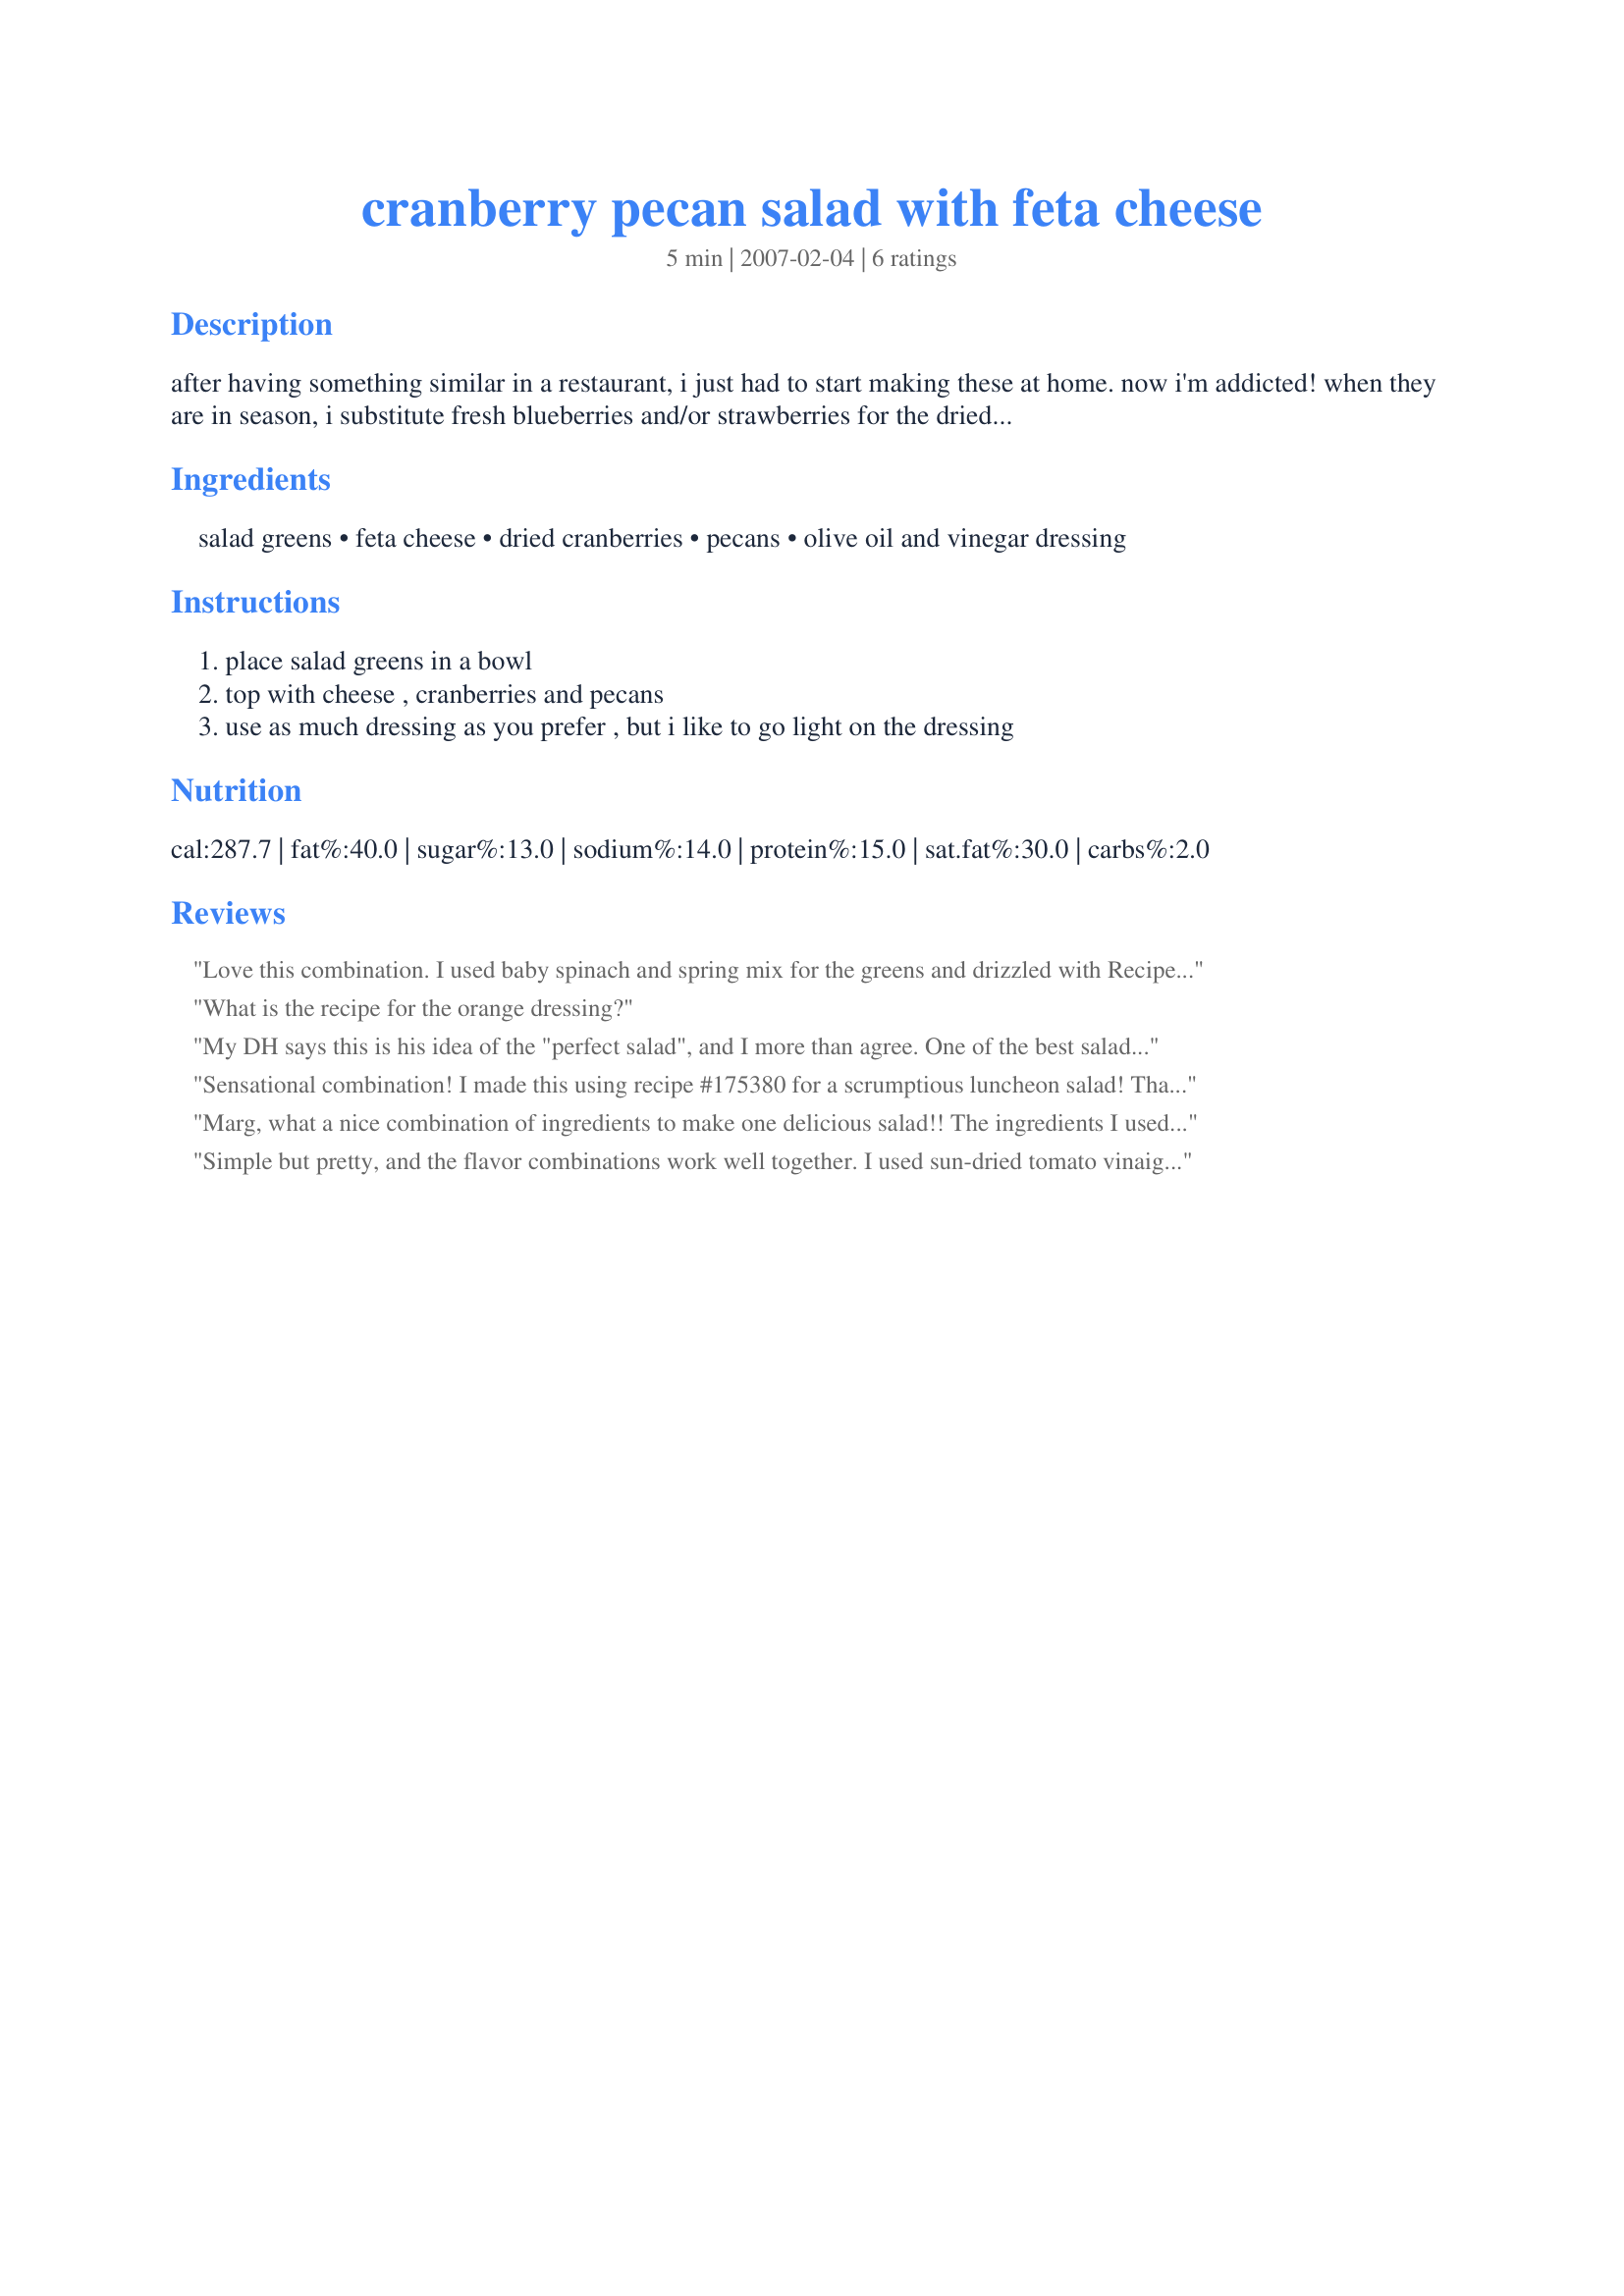
cranberry pecan salad with feta cheese
Preparation time: 5 minutes

after having something similar in a restaurant, i just had to start making these at home. now i'm addicted! when they are in season, i substitute fresh blueberries and/or strawberries for the dried cranberries. also delicious!

Ingredients:
salad greens, feta cheese, dried cranberries, pecans, olive oil and vinegar dressing

Steps:
place salad greens in a bowl, top with cheese , cranberries and pecans, use as much dressing as you prefer , but i like to go light on the dressing

Reviews:
Love this combination. I used baby spinach and spring mix for the greens and drizzled with Recipe #176952. Thanks for posting, Marg!
What is the recipe for the orange dressing?
My DH says this is his idea of the "perfect salad", and I more than agree. One of the best salads I have had. I made an orange juice dressing with oil, sugar and a little cinnamon. Very tasty! Thanks for sharing!
Sensational combination! I made this using recipe #175380 for a scrumptious luncheon salad! Thank you so much, Marg!
Marg, what a nice combination of ingredients to make one delicious salad!! The ingredients I used to make the vinaigrette dressing, that I served with the salad were... 1 to 2 tablespoons of vegetable oil, 10 tablespoons (2/3 cup) raspberry vinegar, 1/2 cup sugar, 2 teaspoons Dijon mustard, plus 1/4 teaspoon each, black pepper and dried oregano. The vinaigrette dressing came from Juenessa, but I modified the ingredients somewhat. The next time I make this salad, I'm going to make it substituting fresh blueberries for the dried cranberries. I bet that would taste good with the Feta cheese and whole pecans. By the way... when making this salad, the salad greens I used were... a bag mixed with Iceberg lettuce, Romaine lettuce, carrots, and red cabbage. Marg, thank you for posting this recipe, as it was quite delish!!
Simple but pretty, and the flavor combinations work well together.
I used sun-dried tomato vinaigrette, and toasted pecan halves before chopping them.
Will probably make this again.
Thanks!
